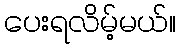
ပေးရလိမ့်မယ်။